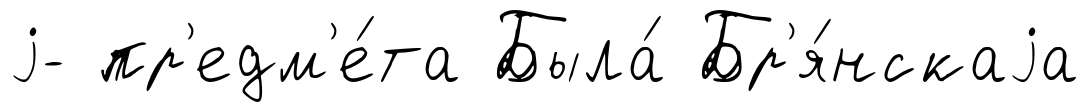
j- пр'едм'е́та Была́ Бр'я́нскаjа